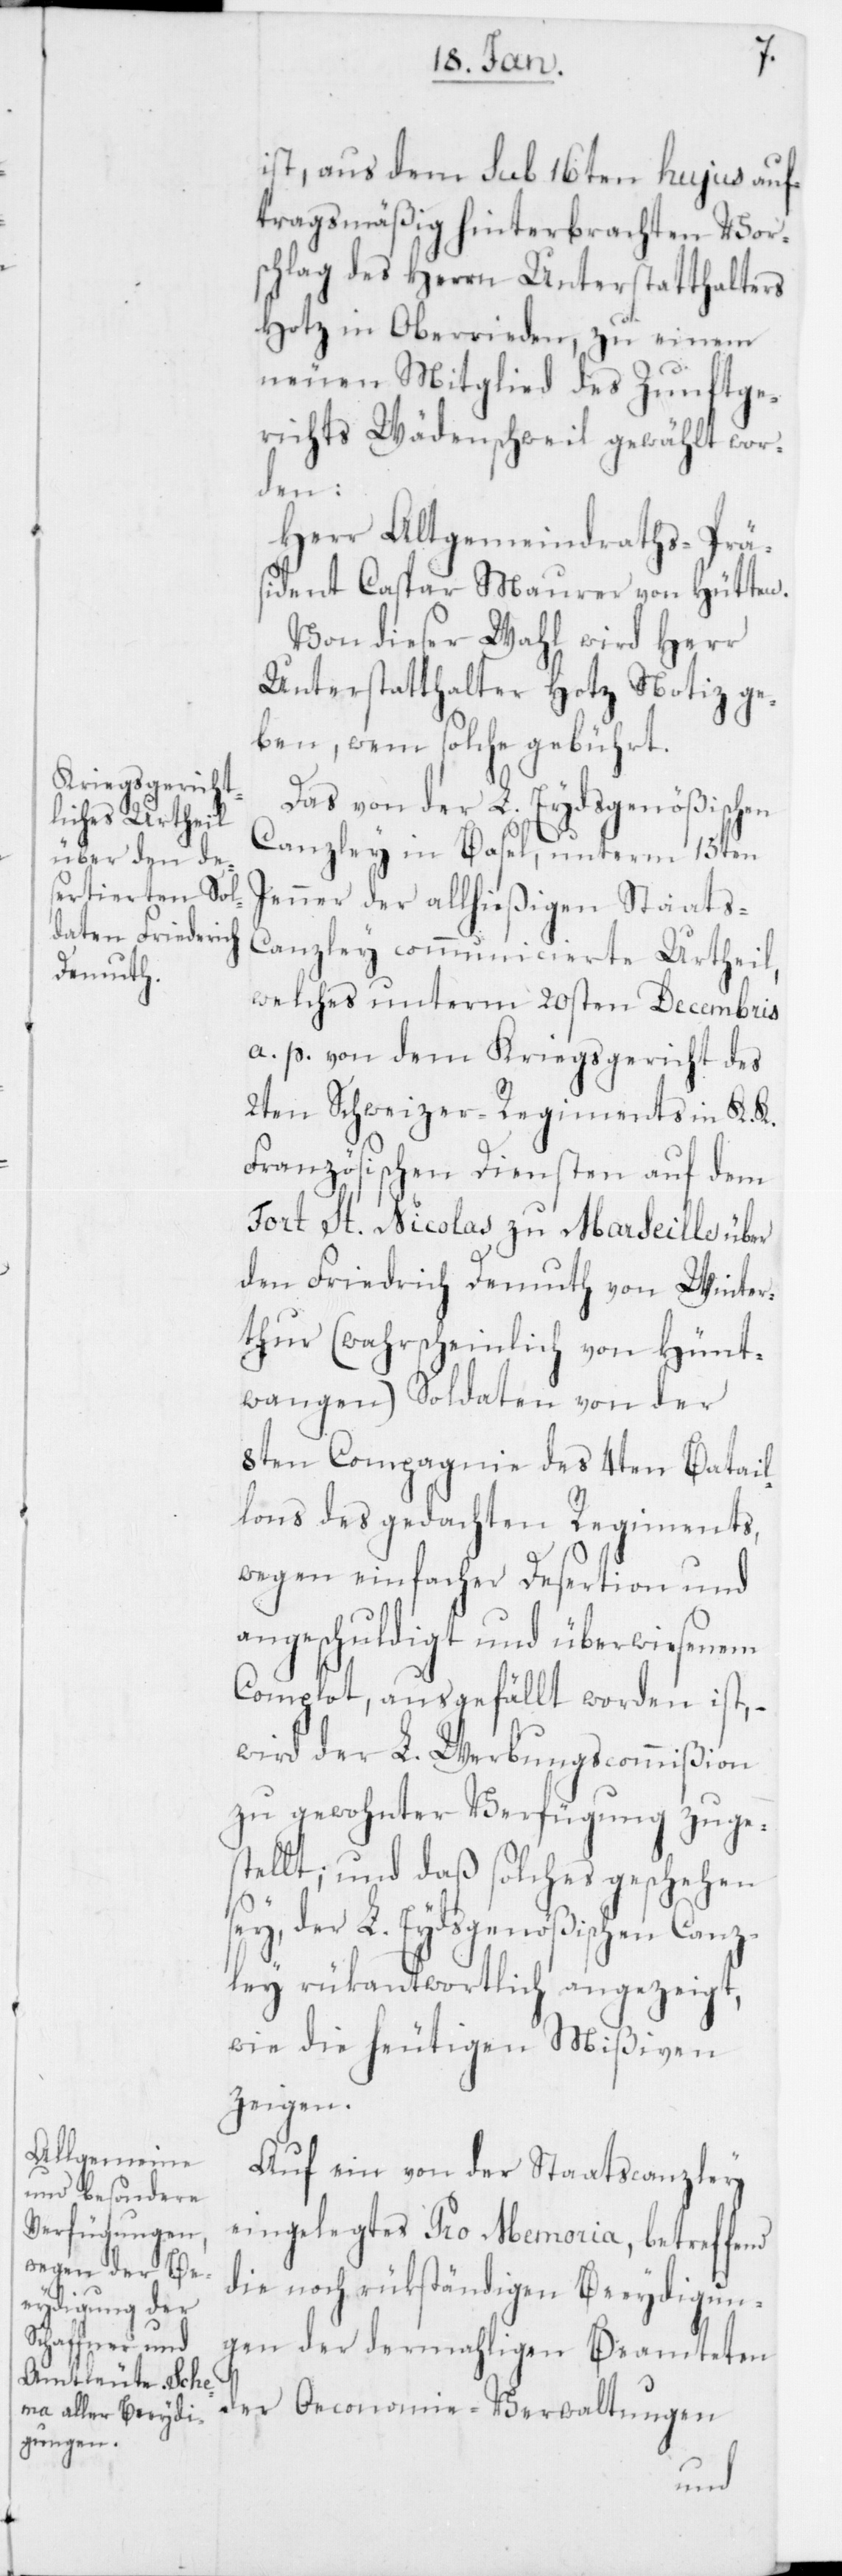
ist, aus dem sub 16ten hujus auf¬
tragsmäßig hinterbrachten Vor¬
schlag des Herrn Unterstatthalters
Hotz in Oberrieden, zu einem
neuen Mitglied des Zunftge¬
richts Wädenswil gewählt wor¬
den:
Herr alt Gemeindraths-Präs¬
ident Caspar Maurer von Hütten.
Von dieser Wahl wird Herr
Unterstatthalter Hotz Notiz ge¬
ben, wem solche gebührt.
Das von der L. Eydsgenößischen
Canzley in Basel, unterm 15ten
Jenner der allhießigen Staats-C¬
anzley communicierte Urtheil,
welches unterm 20sten Decembris
a. p. von dem Kriegsgericht des
2ten Schweizer Regiments in K. K.
Französischen Diensten auf dem
Fort St. Nicolas zu Marseilles über
den Friedrich Demuth von Winter¬
thur (wahrscheinlich von Hünt¬
wangen) Soldaten von der
8ten Compagnie des 4ten Batail¬
lons des gedachten Regiments,
wegen einfacher Desertion und
angeschuldigt und überwiesenem
Complot, ausgefällt worden ist, –
wird der L. Werbungscommißion
zu gewohnter Verfügung zuges¬
tellt; und daß solches geschehen
sey, der L. Eydsgenößischen Canz¬
ley rükantortlich angezeigt,
wie die heutigen Mißiven
zeigen.
Auf ein von der Staatscanzley
eingelegtes Pro Memoria, betreffend
die noch rükständigen Beeydigun¬
gen der dermahligen Beamteten
der Oeconomie-Verwaltungen